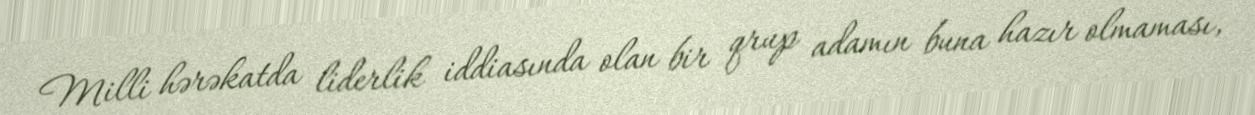
Milli hərəkatda liderlik iddiasında olan bir qrup adamın buna hazır olmaması,